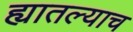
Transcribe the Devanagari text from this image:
ह्यातल्याच